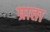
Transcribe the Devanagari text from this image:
प्राता